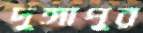
দুঙ্গাপুর